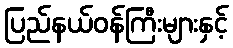
ပြည်နယ်ဝန်ကြီးများနှင့်